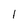
Character: 1